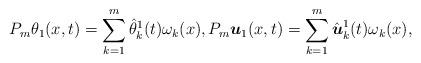
LaTeX: \begin{align*}P_m \theta_1(x,t) = \sum_{k=1}^{m} \hat{\theta}_{k}^1(t) \omega_k(x), P_m\boldsymbol u_1(x,t) = \sum_{k=1}^{m} \hat{\boldsymbol u}_{k}^1(t) \omega_k(x) ,\end{align*}